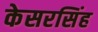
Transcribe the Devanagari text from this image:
केसरसिंह